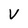
Character: V